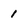
Character: 1